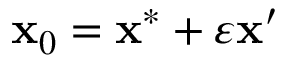
\mathbf x _ { 0 } = \mathbf x ^ { * } + \varepsilon \mathbf x ^ { \prime }